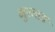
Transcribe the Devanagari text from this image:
मुस्ताङ